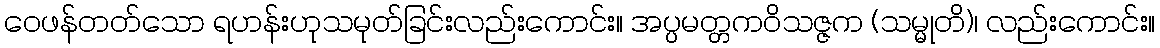
ဝေဖန်တတ်သော ရဟန်းဟုသမုတ်ခြင်းလည်းကောင်း။ အပ္ပမတ္တကဝိသဇ္ဇက (သမ္မုတိ)၊ လည်းကောင်း။